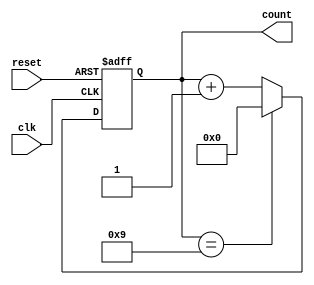
module decade_counter (
    input wire clk,      // Clock input
    input wire reset,    // Asynchronous reset
    output reg [3:0] count // 4-bit output for the count
);

// Asynchronous reset and counting logic
always @(posedge clk or posedge reset) begin
    if (reset) begin
        count <= 4'b0000; // Reset count to 0
    end else begin
        // Count logic: Increment count on each clock pulse
        if (count == 4'b1001) begin
            count <= 4'b0000; // Reset to 0 when count reaches 10
        end else begin
            count <= count + 1; // Increment count
        end
    end
end

endmodule